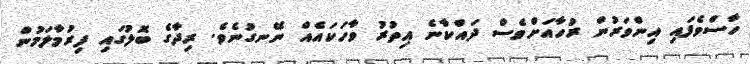
ހާސްވެފައި އިންވަރުން ރުހާއަށްވެސް ދައްކާނެ އިތުރު ވާހަކައެއް ނޭނގުނެވެ. ރިދާގެ ބޮލުގައި ފިރުމާލަމުން